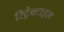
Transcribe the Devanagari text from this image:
रिट्रैक्टाइल